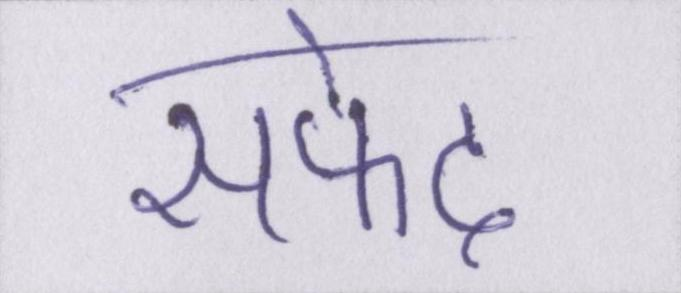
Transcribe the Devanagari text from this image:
सफेद